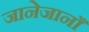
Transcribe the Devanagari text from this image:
जानेजानाँ